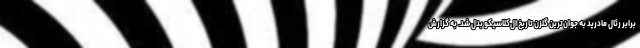
برابر رئال مادرید به جوان‌ترین گلزن تاریخ ال‌کلاسیکو بدل شد. به گزارش